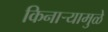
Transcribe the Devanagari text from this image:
किनार्‍यामुळे